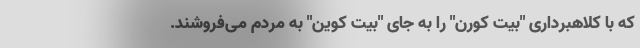
که با کلاهبرداری "بیت کورن" را به جای "بیت کوین" به مردم می‌فروشند.